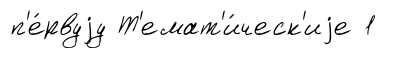
п'е́рвуjу Т'емат'и́ческ'иjе 1